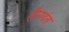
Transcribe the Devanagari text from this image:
हीनदंत